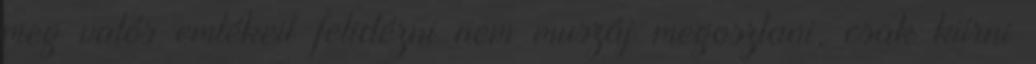
meg valós emlékeit felidézni nem muszáj megosztani, csak kiírni